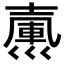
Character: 𢀃